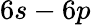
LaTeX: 6s-6p